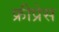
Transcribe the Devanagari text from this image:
फ्रीप्रेस